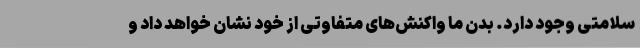
سلامتی وجود دارد. بدن ما واکنش‌های متفاوتی از خود نشان خواهد داد و